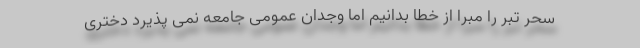
سحر تبر را مبرا از خطا بدانیم اما وجدان عمومی جامعه نمی پذیرد دختری